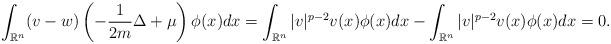
LaTeX: \begin{align*}\int_{\mathbb{R}^n} (v-w) \left(-\frac{1}{2m}\Delta +\mu \right)\phi (x) dx = \int_{\mathbb{R}^n} |v|^{p-2}v(x)\phi (x) dx -\int_{\mathbb{R}^n} |v|^{p-2}v (x)\phi (x) dx=0.\end{align*}